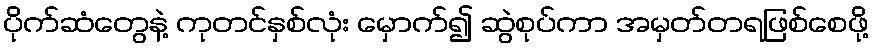
ပိုက်ဆံတွေနဲ့ ကုတင်နှစ်လုံး မှောက်၍ ဆွဲစုပ်ကာ အမှတ်တရဖြစ်စေဖို့